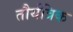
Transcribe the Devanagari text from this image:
तौर्यत्रिक